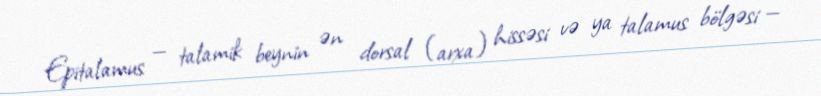
Epitalamus — talamik beynin ən dorsal (arxa) hissəsi və ya talamus bölgəsi —